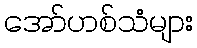
အော်ဟစ်သံများ